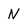
Character: N